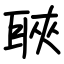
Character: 聗